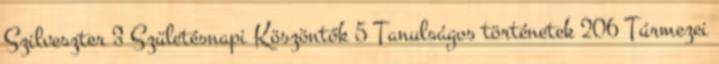
Szilveszter 3 Születésnapi Köszöntők 5 Tanulságos történetek 206 Túrmezei